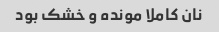
نان کاملا مونده و خشک بود